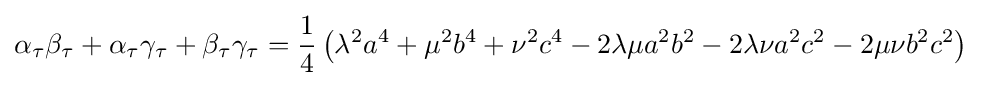
\alpha _{\tau }\beta _{\tau }+\alpha _{\tau }\gamma _{\tau }+\beta _{\tau }\gamma _{\tau }={\frac {1}{4}}\left(\lambda ^{2}a^{4}+\mu ^{2}b^{4}+\nu ^{2}c^{4}-2\lambda \mu a^{2}b^{2}-2\lambda \nu a^{2}c^{2}-2\mu \nu b^{2}c^{2}\right)